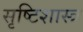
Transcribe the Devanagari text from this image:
सृष्टिशास्त्र